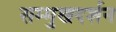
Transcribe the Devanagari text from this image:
सम्मुखदर्शन